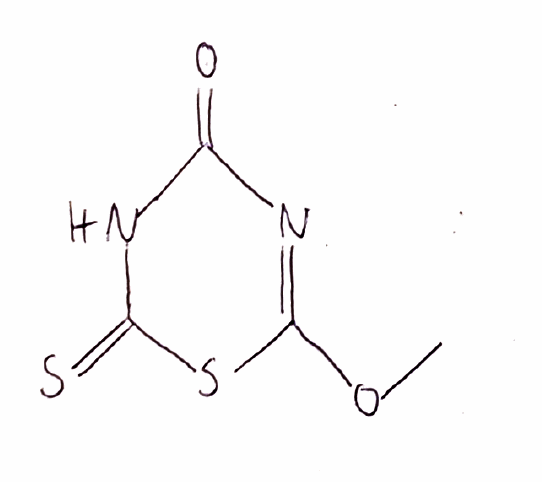
Simplified molecular-input line-entry system (SMILES) notation of the given molecule:
COC1=NC(=O)NC(=S)S1